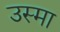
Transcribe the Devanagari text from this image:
उस्मा